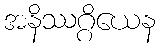
အနိဿဂ္ဂိယေန